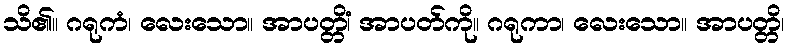
သိ၏။ ဂရုကံ၊ လေးသော။ အာပတ္တိံ၊ အာပတ်ကို။ ဂရုကာ၊ လေးသော။ အာပတ္တိ၊